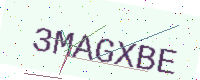
Text: 3MAGXBE